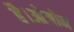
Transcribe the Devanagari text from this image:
है।ओजोन